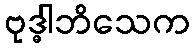
ဗုဒ္ဓါဘိသေက